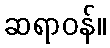
ဆရာဝန်။